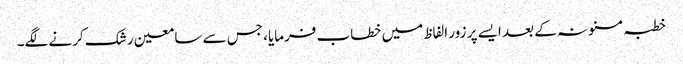
خطبہ مسنونہ کے بعد ایسے پر زور الفاظ میں خطاب فرمایا، جس سے سامعین رشک کرنے لگے۔